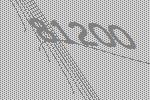
81200